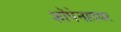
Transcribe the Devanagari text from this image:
शॉपेनहावर